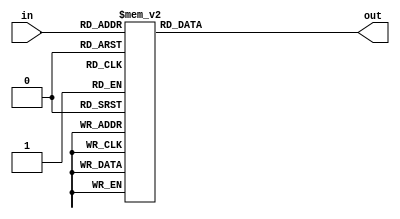
module Decoder16B_4to16(out, in);
    input   [3:0]  in;
    output  [15:0] out;
    
    reg     [15:0] out;
    
    always @(in) begin
        case (in)
            4'b0000: out = 16'b0000000000000001;
            4'b0001: out = 16'b0000000000000010;
            4'b0010: out = 16'b0000000000000100;
            4'b0011: out = 16'b0000000000001000;
            
            4'b0100: out = 16'b0000000000010000;
            4'b0101: out = 16'b0000000000100000;
            4'b0110: out = 16'b0000000001000000;
            4'b0111: out = 16'b0000000010000000;
            
            4'b1000: out = 16'b0000000100000000;
            4'b1001: out = 16'b0000001000000000;
            4'b1010: out = 16'b0000010000000000;
            4'b1011: out = 16'b0000100000000000;
            
            4'b1100: out = 16'b0001000000000000;
            4'b1101: out = 16'b0010000000000000;
            4'b1110: out = 16'b0100000000000000;
            4'b1111: out = 16'b1000000000000000;
            
            default: out = 16'bx;
        endcase
    end
endmodule

module Mux16B_16to1(out, in0, in1, in2, in3,
                         in4, in5, in6, in7,
                         in8, in9, inA, inB,
                         inC, inD, inE, inF, sel);

    input   [15:0] in0, in1, in2, in3,
                   in4, in5, in6, in7,
                   in8, in9, inA, inB,
                   inC, inD, inE, inF;
    input   [3 :0] sel;
    
    output  [15:0] out;
    
    reg     [15:0] out;
    
    always @(in0 or in1 or in2 or in3 or in4 or in5 or in6 or in7 or in8 or in9 or inA or inB or inC or inD or inE or inF or sel) begin
        case (sel)
            4'b0000: out = in0;
            4'b0001: out = in1;
            4'b0010: out = in2;
            4'b0011: out = in3;
            
            4'b0100: out = in4;
            4'b0101: out = in5;
            4'b0110: out = in6;
            4'b0111: out = in7;
            
            4'b1000: out = in8;
            4'b1001: out = in9;
            4'b1010: out = inA;
            4'b1011: out = inB;
            
            4'b1100: out = inC;
            4'b1101: out = inD;
            4'b1110: out = inE;
            4'b1111: out = inF;
            
            default: out = 16'bx;
        endcase
    end
endmodule

module D_FF(Q, CLK, nRST, D, EN);
    input  CLK, nRST, D, EN;
    output Q;
    
    reg    Q;
    
    always @(posedge CLK or negedge nRST) begin
        if      (nRST == 0) Q <= 0;
        else if (EN == 1)   Q <= D;
    end
endmodule

module Register16B(Q, CLK, nRST, D, EN);
    input         CLK, nRST, EN;
    input  [15:0] D;
    output [15:0] Q;
    
    genvar regGen;
    
    generate
        for (regGen = 0; regGen < 16; regGen = regGen + 1) begin : registerFFGen
            D_FF ff(.Q(Q[regGen]), .CLK(CLK), .nRST(nRST), .D(D[regGen]), .EN(EN));
        end    
    endgenerate
    
endmodule

module RegFile16B(readDataA, readDataB, readAddrA, readAddrB, CLK, nRST, writeEnable, writeAddr, writeData);
    input          CLK, nRST, writeEnable;
    input  [3:0]   readAddrA, readAddrB, writeAddr;
    input  [15:0]  writeData;
    
    output [15:0]  readDataA, readDataB;
     
    wire   [15:0]  ffDec, ffDecEnable, ffData [15:0], readDataA, readDataB;
    
    Decoder16B_4to16 writeDecoder(.out(ffDec), .in(writeAddr));
    
    
    and         passEnable0 (ffDecEnable[0],  ffDec[0],  writeEnable);
    and         passEnable1 (ffDecEnable[1],  ffDec[1],  writeEnable);
    and         passEnable2 (ffDecEnable[2],  ffDec[2],  writeEnable);
    and         passEnable3 (ffDecEnable[3],  ffDec[3],  writeEnable);
     
    and         passEnable4 (ffDecEnable[4],  ffDec[4],  writeEnable);
    and         passEnable5 (ffDecEnable[5],  ffDec[5],  writeEnable);
    and         passEnable6 (ffDecEnable[6],  ffDec[6],  writeEnable);
    and         passEnable7 (ffDecEnable[7],  ffDec[7],  writeEnable);
     
    and         passEnable8 (ffDecEnable[8],  ffDec[8],  writeEnable);
    and         passEnable9 (ffDecEnable[9],  ffDec[9],  writeEnable);
    and         passEnablea (ffDecEnable[10], ffDec[10], writeEnable);
    and         passEnableb (ffDecEnable[11], ffDec[11], writeEnable);
     
    and         passEnablec (ffDecEnable[12], ffDec[12], writeEnable);
    and         passEnabled (ffDecEnable[13], ffDec[13], writeEnable);
    and         passEnablee (ffDecEnable[14], ffDec[14], writeEnable);
    and         passEnablef (ffDecEnable[15], ffDec[15], writeEnable);
     
    Register16B register0   (.Q(ffData[0]),  .CLK(CLK), .nRST(nRST), .D(writeData), .EN(ffDecEnable[0]));
    Register16B register1   (.Q(ffData[1]),  .CLK(CLK), .nRST(nRST), .D(writeData), .EN(ffDecEnable[1]));
    Register16B register2   (.Q(ffData[2]),  .CLK(CLK), .nRST(nRST), .D(writeData), .EN(ffDecEnable[2]));
    Register16B register3   (.Q(ffData[3]),  .CLK(CLK), .nRST(nRST), .D(writeData), .EN(ffDecEnable[3]));
                                                                                                   
    Register16B register4   (.Q(ffData[4]),  .CLK(CLK), .nRST(nRST), .D(writeData), .EN(ffDecEnable[4]));
    Register16B register5   (.Q(ffData[5]),  .CLK(CLK), .nRST(nRST), .D(writeData), .EN(ffDecEnable[5]));
    Register16B register6   (.Q(ffData[6]),  .CLK(CLK), .nRST(nRST), .D(writeData), .EN(ffDecEnable[6]));
    Register16B register7   (.Q(ffData[7]),  .CLK(CLK), .nRST(nRST), .D(writeData), .EN(ffDecEnable[7]));
                                                                                                   
    Register16B register8   (.Q(ffData[8]),  .CLK(CLK), .nRST(nRST), .D(writeData), .EN(ffDecEnable[8]));
    Register16B register9   (.Q(ffData[9]),  .CLK(CLK), .nRST(nRST), .D(writeData), .EN(ffDecEnable[9]));
    Register16B registera   (.Q(ffData[10]), .CLK(CLK), .nRST(nRST), .D(writeData), .EN(ffDecEnable[10]));
    Register16B registerb   (.Q(ffData[11]), .CLK(CLK), .nRST(nRST), .D(writeData), .EN(ffDecEnable[11]));
                                                                                                   
    Register16B registerc   (.Q(ffData[12]), .CLK(CLK), .nRST(nRST), .D(writeData), .EN(ffDecEnable[12]));
    Register16B registerd   (.Q(ffData[13]), .CLK(CLK), .nRST(nRST), .D(writeData), .EN(ffDecEnable[13]));
    Register16B registere   (.Q(ffData[14]), .CLK(CLK), .nRST(nRST), .D(writeData), .EN(ffDecEnable[14]));
    Register16B registerf   (.Q(ffData[15]), .CLK(CLK), .nRST(nRST), .D(writeData), .EN(ffDecEnable[15]));  
    
    Mux16B_16to1 regReadA(.out(readDataA), 
                          .in0(ffData[0]),  .in1(ffData[1]),  .in2(ffData[2]),  .in3(ffData[3]), 
                          .in4(ffData[4]),  .in5(ffData[5]),  .in6(ffData[6]),  .in7(ffData[7]), 
                          .in8(ffData[8]),  .in9(ffData[9]),  .inA(ffData[10]), .inB(ffData[11]), 
                          .inC(ffData[12]), .inD(ffData[13]), .inE(ffData[14]), .inF(ffData[15]), .sel(readAddrA));
                          
    Mux16B_16to1 regReadB(.out(readDataB), 
                          .in0(ffData[0]),  .in1(ffData[1]),  .in2(ffData[2]),  .in3(ffData[3]), 
                          .in4(ffData[4]),  .in5(ffData[5]),  .in6(ffData[6]),  .in7(ffData[7]), 
                          .in8(ffData[8]),  .in9(ffData[9]),  .inA(ffData[10]), .inB(ffData[11]), 
                          .inC(ffData[12]), .inD(ffData[13]), .inE(ffData[14]), .inF(ffData[15]), .sel(readAddrB));
endmodule